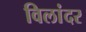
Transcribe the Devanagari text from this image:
विलांदर